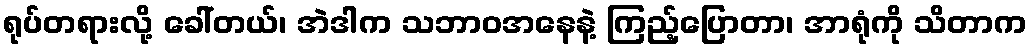
ရုပ်တရားလို့ ခေါ်တယ်၊ အဲဒါက သဘာဝအနေနဲ့ ကြည့်ပြောတာ၊ အာရုံကို သိတာက